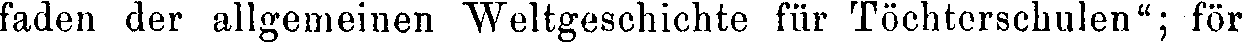
faden der allgemeinen Weltgeschichte für Töchterschulen"; för